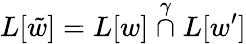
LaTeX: L[\tilde{w}]=L[w]\stackrel{\gamma}{\cap}L[w^{\prime}]